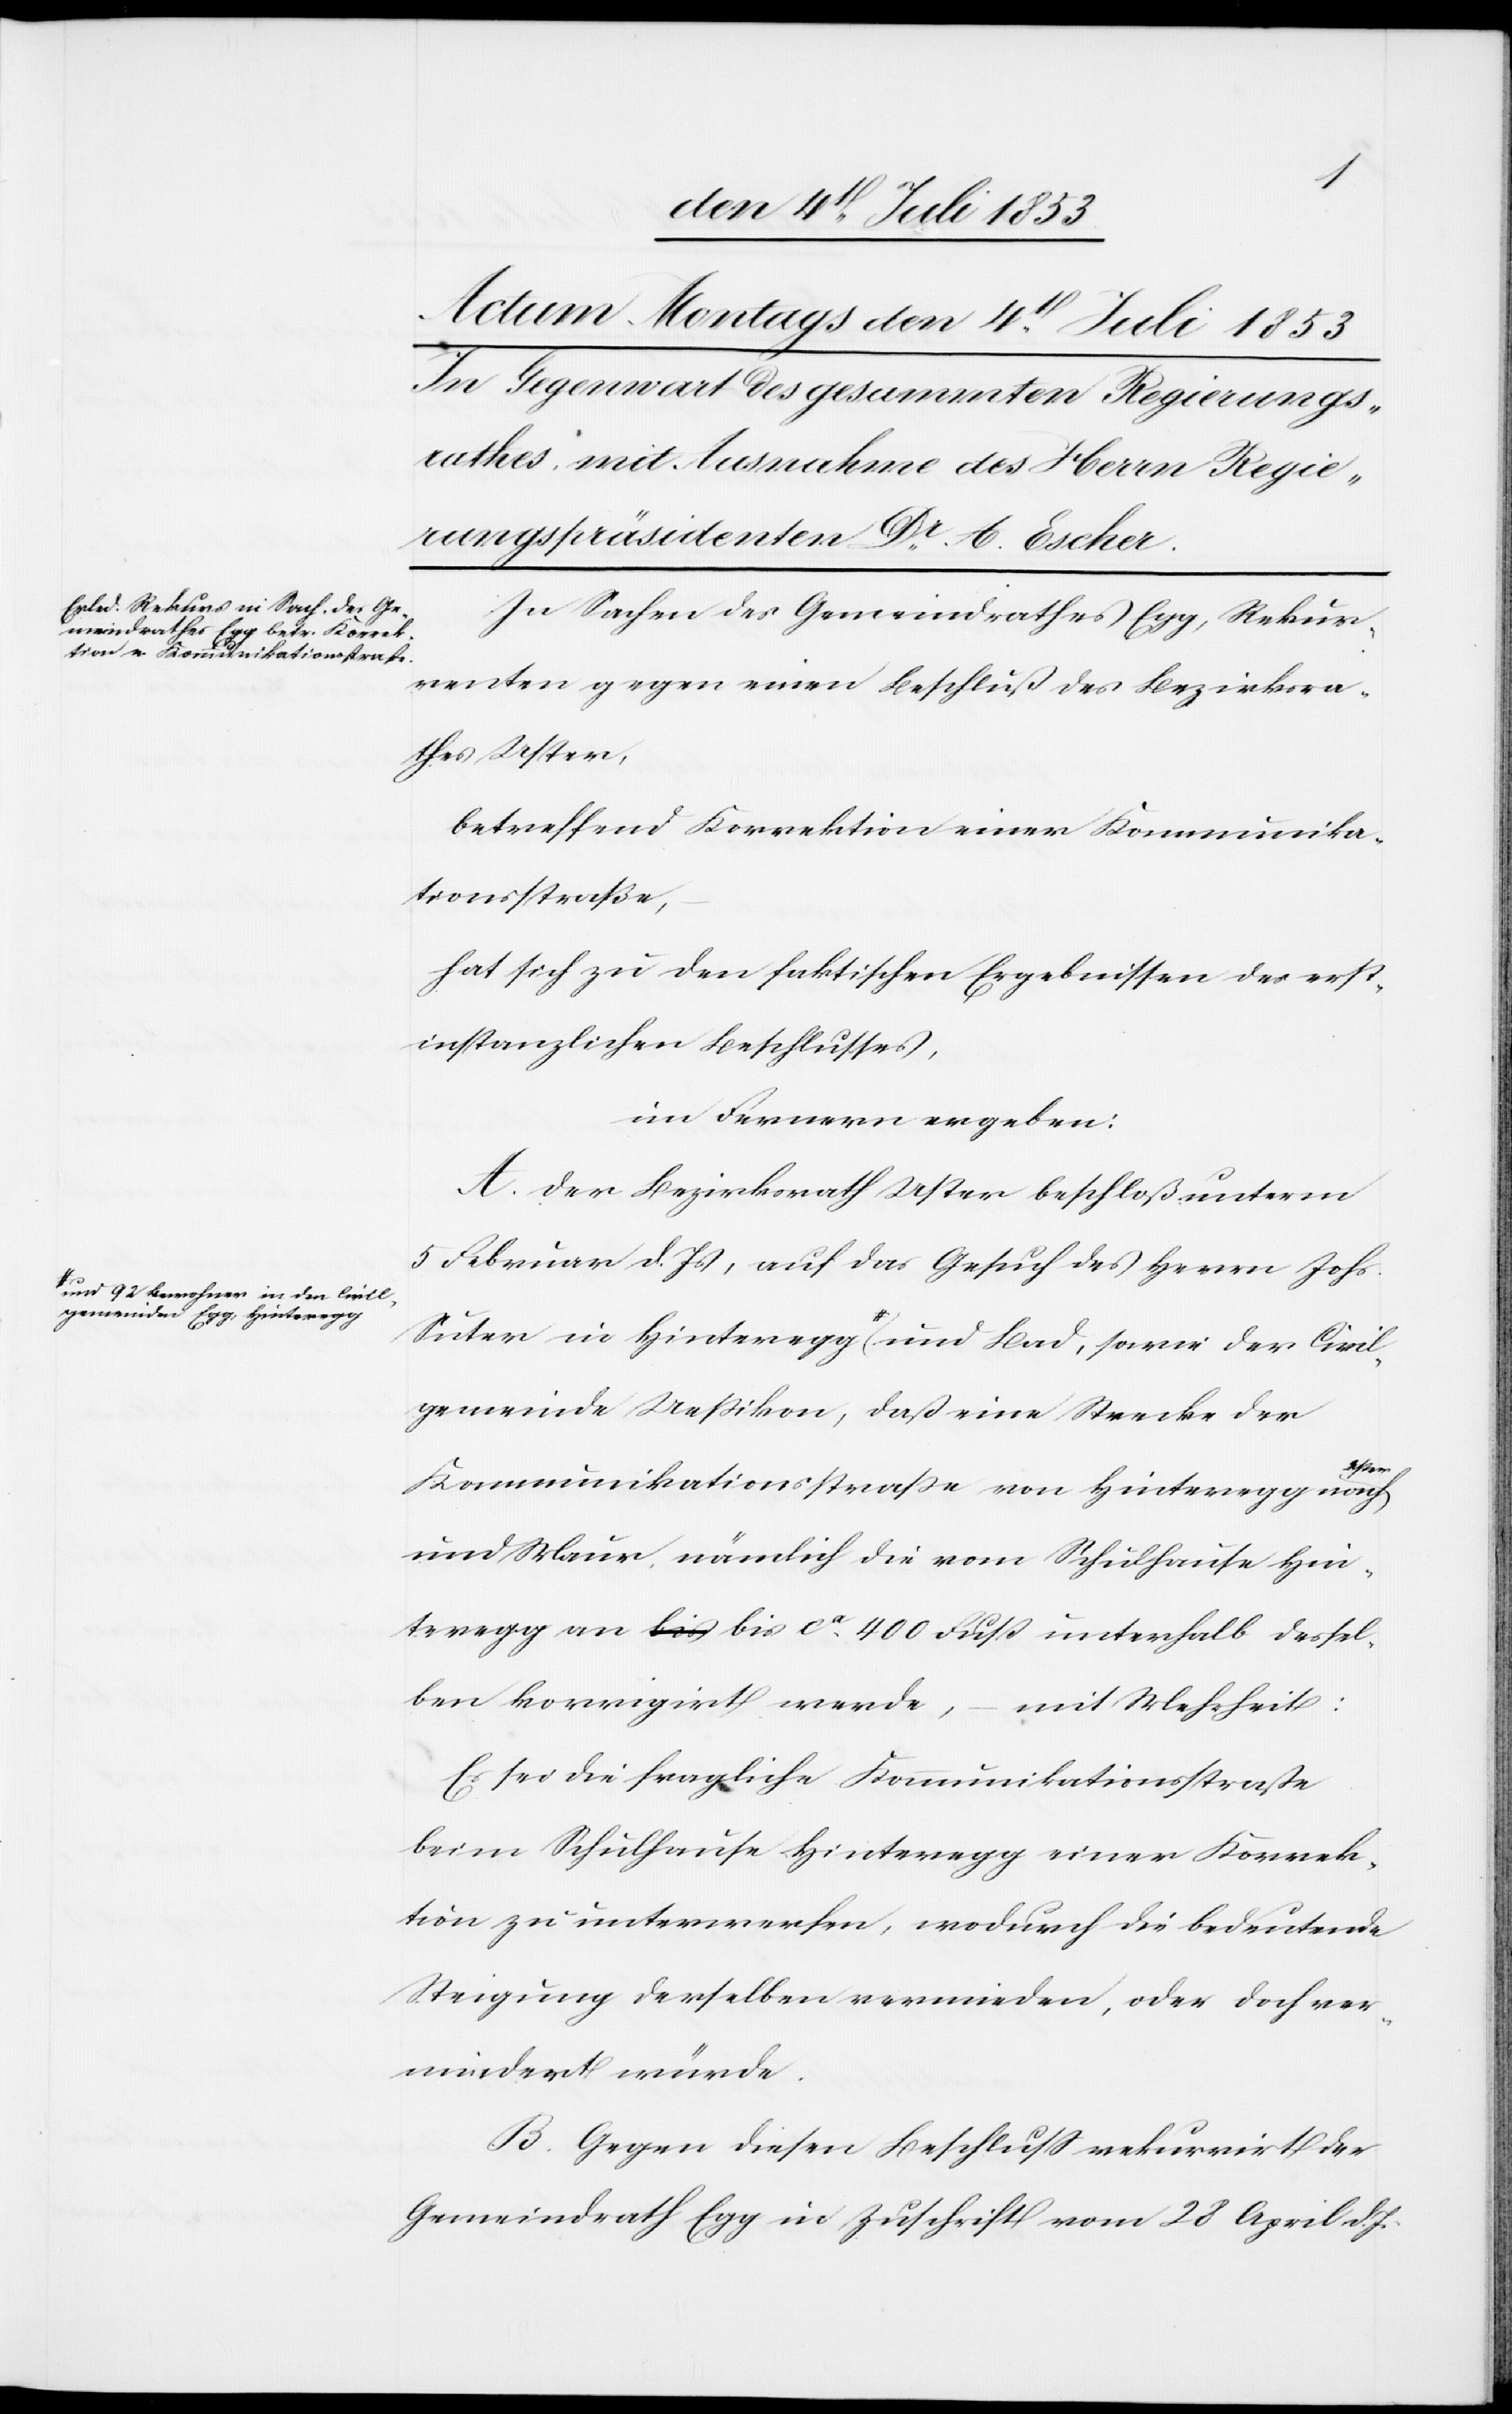
und 92 Bewohner in den Civil¬
gemeinden Egg, Hinteregg

In Sachen des Gemeindrathes Egg, Rekur¬
renten gegen einen Beschluß des Bezirksra¬
thes Uster,
betreffend Korrektion einer Kommunika¬
tionsstraße,
hat sich zu den faktischen Ergebnissen des erst¬
instanzlichen Beschlußes,
im Fernern ergeben:
A. Der Bezirksrath Uster beschloß unterm
5 Februar d. Js., auf das Gesuch des Herrn Johs.
gemeinde Ueßikon, daß eine Strecke der
Uster
Kommunikationsstraße von Hinteregg nach
und Maur, nämlich die vom Schulhause Hin¬
teregg an bis ca 400 Fuß unterhalb dessel¬
ben korrigirt werde, – mit Mehrheit:
Es sei die fragliche Kommunikationsstraße
beim Schulhause Hinteregg einer Korrek¬
tion zu unterwerfen, wodurch die bedeutende
Steigung derselben vermieden, oder doch ver¬
mindert würde.
B. Gegen diesen Beschluß rekurrirt der
Gemeindrath Egg in Zuschrift vom 28 April d. J.